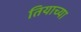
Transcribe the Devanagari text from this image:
तियाच्या